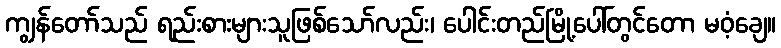
ကျွန်တော်သည် ရည်းစားများသူဖြစ်သော်လည်း၊ ပေါင်းတည်မြို့ပေါ်တွင်တော မဝံ့ချေ။